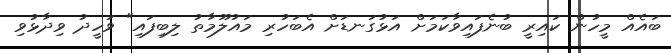
ބައެއް މީހުން ކައިރީ ބުނެފައިވާކަމަށް އަޅުގަނޑަށް އެބަހުރި މައުލޫމާތު ލިބިފައި" ވަހީދު ވިދާޅުވި